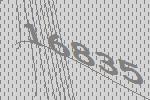
16835